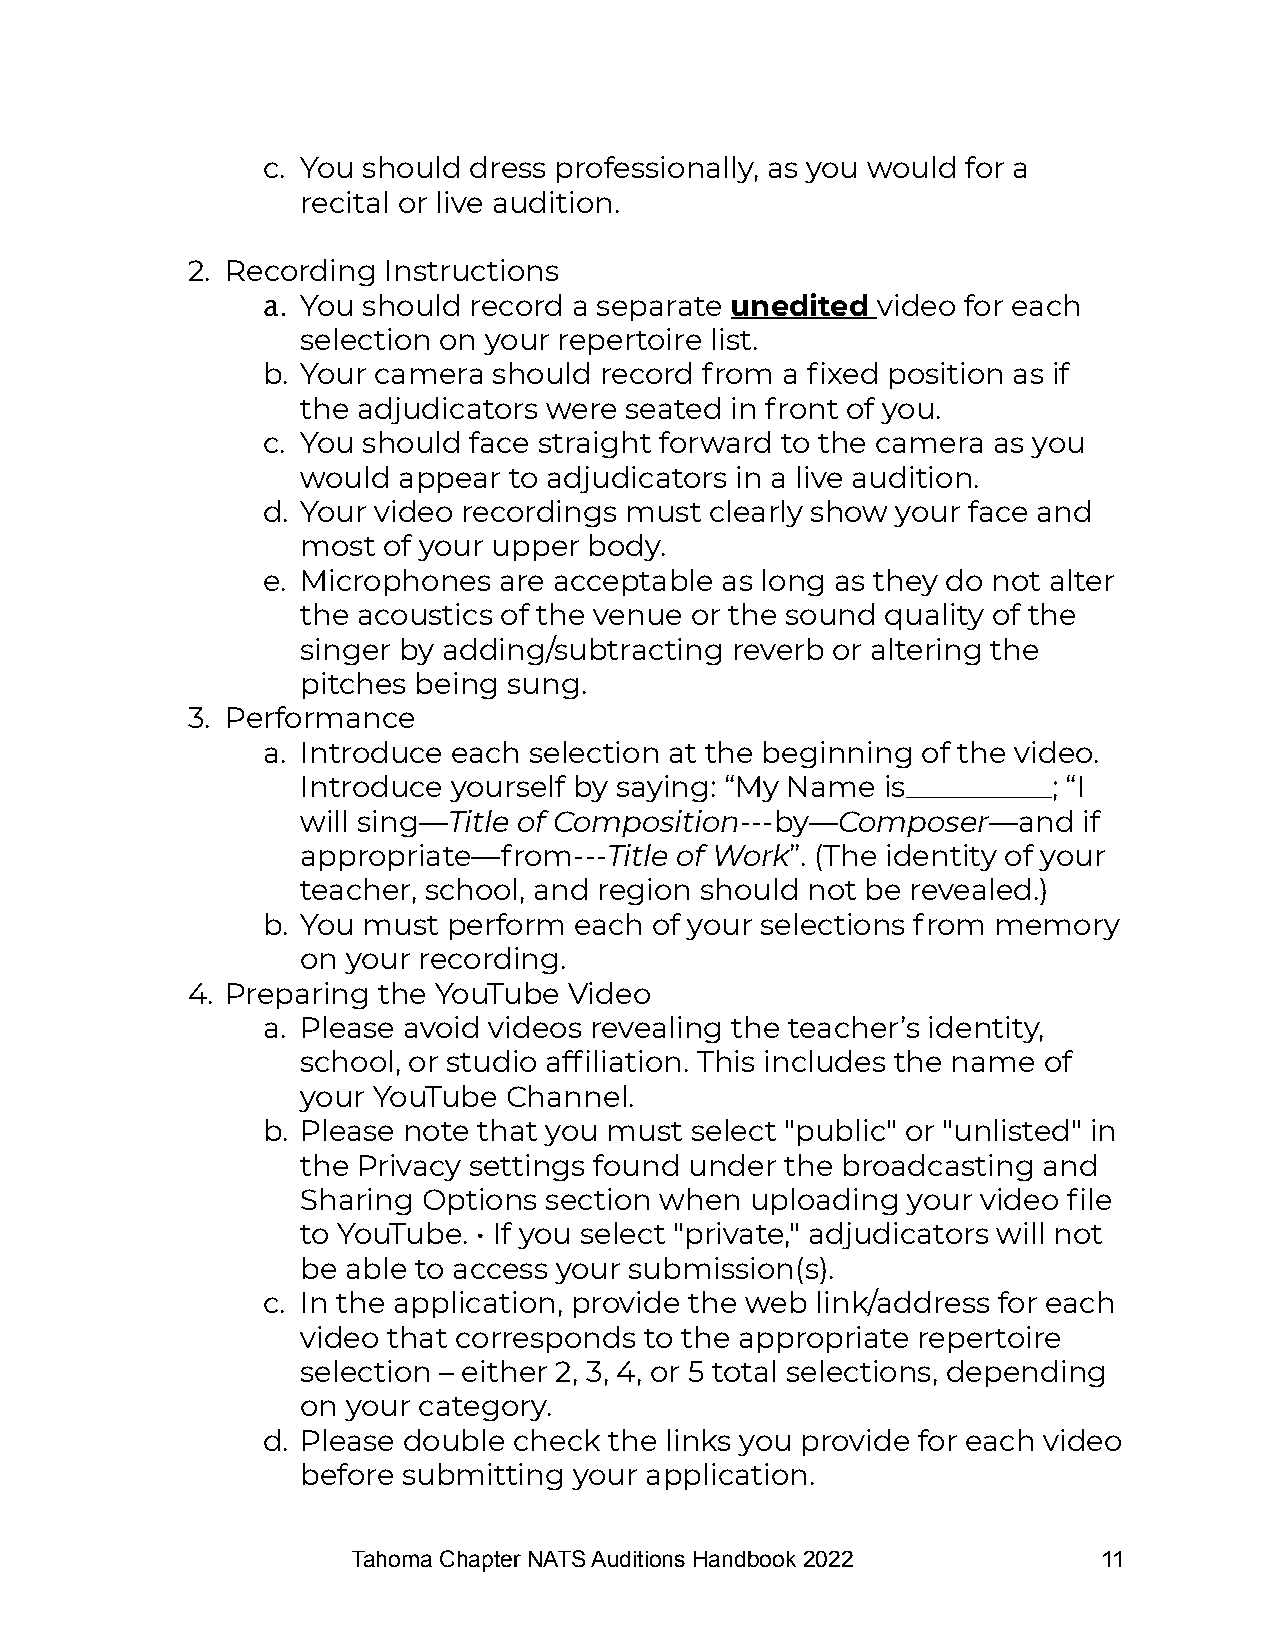
c. You should dress professionally, as you would for a
 recital or live audition.
 2. Recording Instructions
 a. You should record a separate unedited video for each
 selection on your repertoire list.
 b. Your camera  should record from a fixed position as if
 the adjudicators were seated in front of you.
 c. You should face straight forward to the camera as you
 would appear  to adjudicators in a live audition.
 d. Your video recordings must clearly show your face and
 most of your upper body.
 e. Microphones  are acceptable as long as they do not alter
 the acoustics of the venue or the sound quality of the
 singer by adding/subtracting reverb or altering the
 pitches being sung.
 3. Performance
 a. Introduce each selection at the beginning of the video.
 Introduce yourself by saying: “My Name is__________; “I
 will sing—Title of Composition---by—Composer—and    if
 appropriate—from---Title of Work”. (The identity of your
 teacher, school, and region should not be revealed.)
 b. You must  perform each of your selections from memory
 on your recording.
 4. Preparing the YouTube  Video
 a. Please avoid videos revealing the teacher’s identity,
 school, or studio affiliation. This includes the name of
 your YouTube Channel.
 b. Please note that you must select "public" or "unlisted" in
 the Privacy settings found under the broadcasting and
 Sharing Options section when  uploading your video file
 to YouTube. • If you select "private," adjudicators will not
 be able to access your submission(s).
 c. In the application, provide the web link/address for each
 video that corresponds to the appropriate repertoire
 selection – either 2, 3, 4, or 5 total selections, depending
 on your category.
 d. Please double check the links you provide for each video
 before submitting your application.
 Tahoma Chapter NATS Auditions Handbook 2022       11